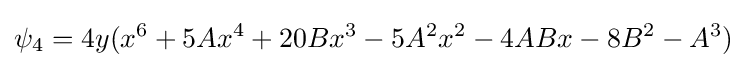
\psi _{4}=4y(x^{6}+5Ax^{4}+20Bx^{3}-5A^{2}x^{2}-4ABx-8B^{2}-A^{3})